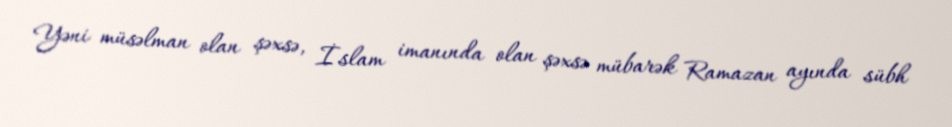
Yəni müsəlman olan şəxsə, İslam imanında olan şəxsə mübarək Ramazan ayında sübh